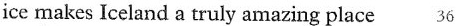
ice makes Iceland a truly amazing place 36